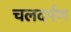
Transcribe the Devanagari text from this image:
चलदर्पण